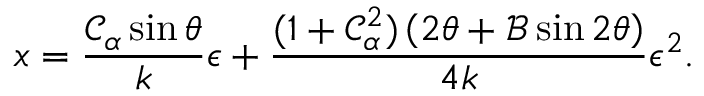
x = \frac { \mathcal { C } _ { \alpha } \sin \theta } { k } \epsilon + \frac { ( 1 + \mathcal { C } _ { \alpha } ^ { 2 } ) \left( 2 \theta + \mathcal { B } \sin 2 \theta \right) } { 4 k } \epsilon ^ { 2 } .